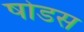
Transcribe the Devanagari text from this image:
षोडस